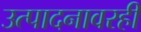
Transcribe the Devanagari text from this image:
उत्पादनावरही